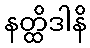
နတ္ထိဒါနိ